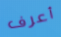
أعرف